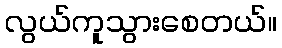
လွယ်ကူသွားစေတယ်။